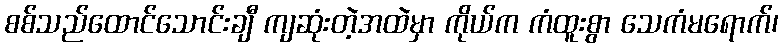
စစ်သည်ထောင်သောင်းချီ ကျဆုံးတဲ့အထဲမှာ ကိုယ်က ကံထူးစွာ သေကံမရောက်၊